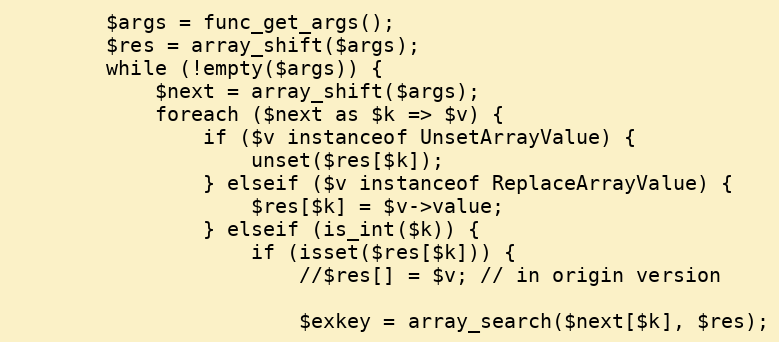
Language: PHP
        $args = func_get_args();
        $res = array_shift($args);
        while (!empty($args)) {
            $next = array_shift($args);
            foreach ($next as $k => $v) {
                if ($v instanceof UnsetArrayValue) {
                    unset($res[$k]);
                } elseif ($v instanceof ReplaceArrayValue) {
                    $res[$k] = $v->value;
                } elseif (is_int($k)) {
                    if (isset($res[$k])) {
                        //$res[] = $v; // in origin version

                        $exkey = array_search($next[$k], $res);